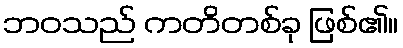
ဘဝသည် ကတိတစ်ခု ဖြစ်၏။